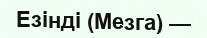
Езінді (Мезга) —